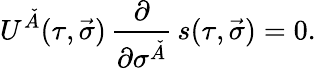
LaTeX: U^{\check{A}}(\tau,\vec{\sigma})\, \frac{\partial}{\partial\sigma^{\check{A}}}\, s(\tau,\vec{\sigma})=0.